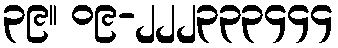
၃၉။ ၀၉-၂၂၂၃၃၃၄၄၄